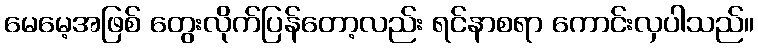
မေမေ့အဖြစ် တွေးလိုက်ပြန်တော့လည်း ရင်နာစရာ ကောင်းလှပါသည်။